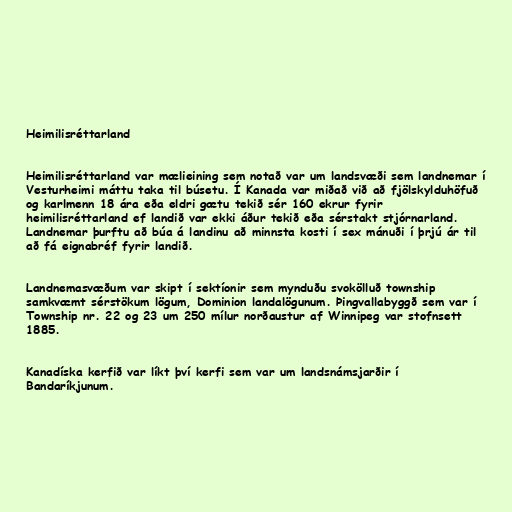
Heimilisréttarland

Heimilisréttarland var mælieining sem notað var um landsvæði sem landnemar í
Vesturheimi máttu taka til búsetu. Í Kanada var miðað við að fjölskylduhöfuð
og karlmenn 18 ára eða eldri gætu tekið sér 160 ekrur fyrir
heimilisréttarland ef landið var ekki áður tekið eða sérstakt stjórnarland.
Landnemar þurftu að búa á landinu að minnsta kosti í sex mánuði í þrjú ár til
að fá eignabréf fyrir landið.

Landnemasvæðum var skipt í sektíonir sem mynduðu svokölluð township
samkvæmt sérstökum lögum, Dominion landalögunum. Þingvallabyggð sem var í
Township nr. 22 og 23 um 250 mílur norðaustur af Winnipeg var stofnsett
1885.

Kanadíska kerfið var líkt því kerfi sem var um landsnámsjarðir í
Bandaríkjunum.